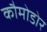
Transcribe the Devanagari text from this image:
कौमोडोर